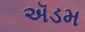
ઍડમ